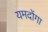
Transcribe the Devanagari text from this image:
यमदोंगा